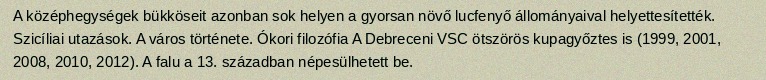
A középhegységek bükköseit azonban sok helyen a gyorsan növő lucfenyő állományaival helyettesítették. Szicíliai utazások. A város története. Ókori filozófia A Debreceni VSC ötszörös kupagyőztes is (1999, 2001, 2008, 2010, 2012). A falu a 13. században népesülhetett be.